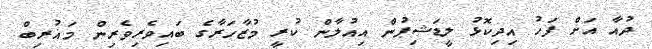
ދުއާ އަށް ފަހު އިދިކޮޅު ލީޑަޝިޕުން އިއުލާން ކުރީ މުޒާހަރާގެ ބައިވެރިވެރިން މަޣުރިބް